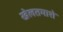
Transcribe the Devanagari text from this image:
खेलतमाशे